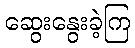
ဆွေးနွေးခဲ့ကြ